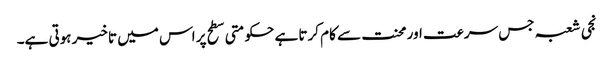
نجی شعبہ جس سرعت اور محنت سے کام کرتا ہے حکومتی سطح پر اس میں تاخیر ہوتی ہے۔